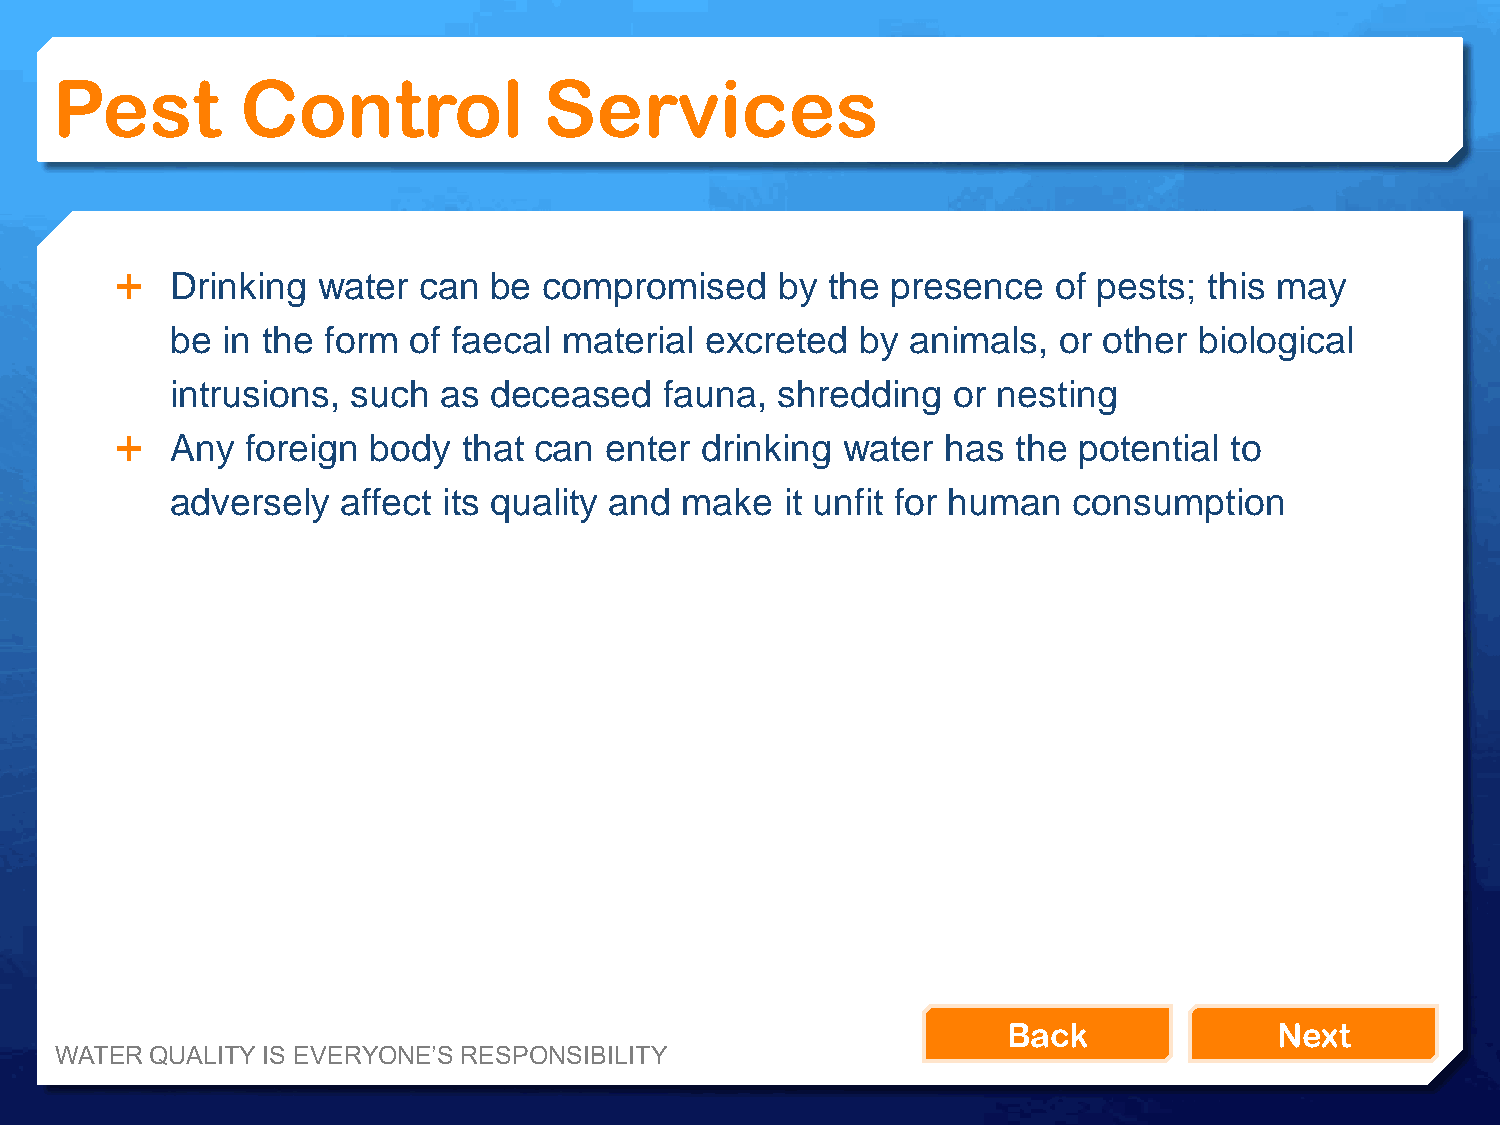
Pest         Control             Services
   Drinking  water  can be  compromised     by the presence   of pests; this may
 be  in the form of faecal material  excreted  by animals,  or other biological
 intrusions, such  as deceased    fauna,  shredding  or nesting
   Any  foreign body   that can enter drinking  water  has the potential to
 adversely   affect its quality and make  it unfit for human consumption
 Back              Next
 WATER QUALITY IS EVERYONE’S RESPONSIBILITY